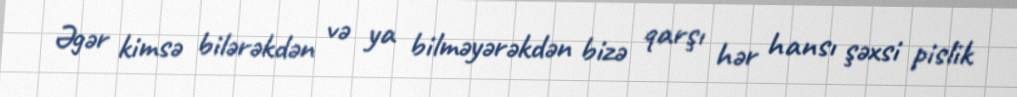
Əgər kimsə bilərəkdən və ya bilməyərəkdən bizə qarşı hər hansı şəxsi pislik